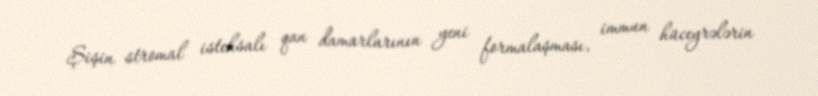
Şişin stromal istehsalı qan damarlarının yeni formalaşması, immun hüceyrələrin